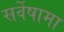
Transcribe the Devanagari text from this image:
सर्वेषामा